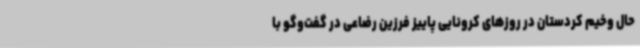
حال وخیم کردستان در روزهای کرونایی پاییز فرزین رضاعی در گفت‌وگو با